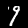
Label: 9